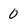
Character: 0